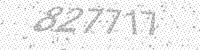
Solution: 827717